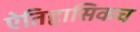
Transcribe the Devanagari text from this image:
ऐतिहासिकच